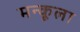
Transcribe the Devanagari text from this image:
मन्कूला